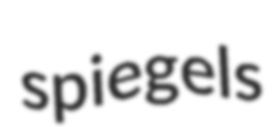
spiegels